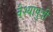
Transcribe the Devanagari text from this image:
वैश्यापुत्री